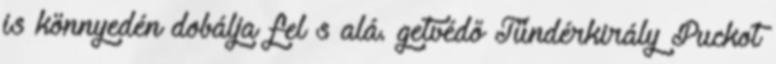
is könnyedén dobálja fel s alá. getvédő Tündérkirály Puckot